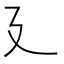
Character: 廴